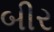
બીર